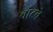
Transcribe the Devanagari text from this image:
चाटवे